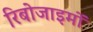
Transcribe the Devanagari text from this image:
रिबोजाइमों